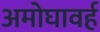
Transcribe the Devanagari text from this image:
अमोघावर्ह